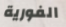
الفورية